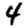
Digit: 4